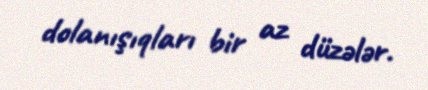
dolanışıqları bir az düzələr.